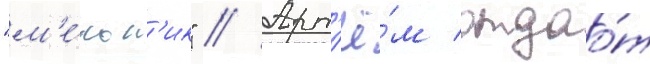
"м'е́льн'ик" // Арт'ё́м отдао́т